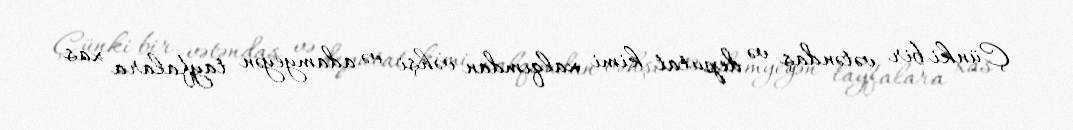
Çünki bir vətəndaş və deputat kimi xalqımdan vəhşi və adamyeyən tayfalara xas